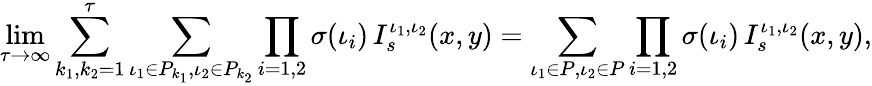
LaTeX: \operatorname*{lim}_{\tau\to\infty}\sum_{k_{1},k_{2}=1}^{\tau}\sum_{\iota_{1}\in P_{k_{1}},\iota_{2}\in P_{k_{2}}}\prod_{i=1,2}\sigma(\iota_{i})\, I_{s}^{\iota_{1},\iota_{2}}(x,y)=\sum_{\iota_{1}\in P,\iota_{2}\in P}\prod_{i=1,2}\sigma(\iota_{i})\, I_{s}^{\iota_{1},\iota_{2}}(x,y),